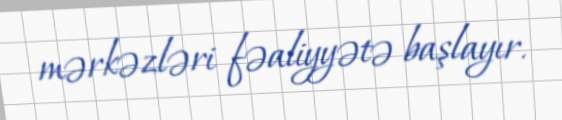
mərkəzləri fəaliyyətə başlayır.